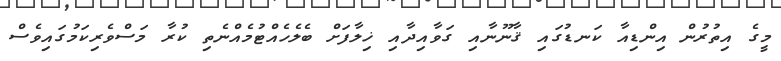
މީގެ އިތުރުން އިންޑިއާ ކަނޑުގައި ޤާނޫނާއި ގަވާއިދާއި ޚިލާފަށް ބެލެހެއްޓުމެއްނެތި ކުރާ މަސްވެރިކަމުގައިވެސް